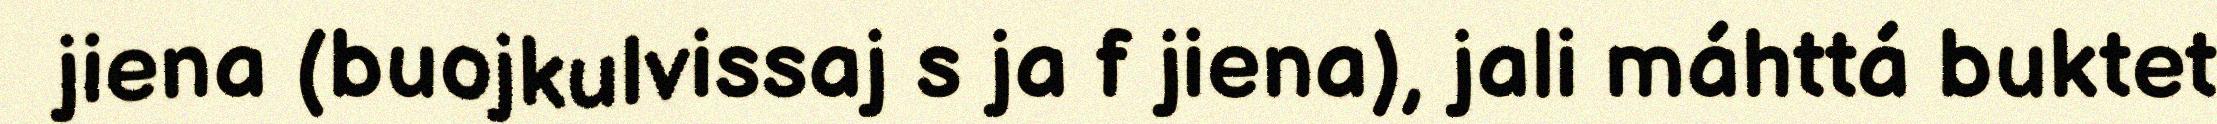
jiena (buojkulvissaj s ja f jiena), jali máhttá buktet